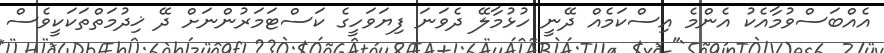
އެއްބަސްވުމާއެކު އެންމެ އިސްކަމެއް ދޭނީ ހުޅުމާލޭ ދެވަނަ ފިޔަވަހީގެ ކަސްޓަމަރުންނަށް ދޭ ޚިދުމަތްތަކަކީވެސް